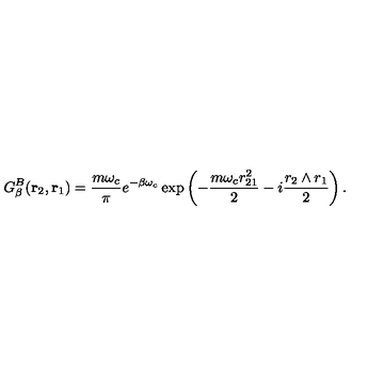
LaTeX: G _ { \beta } ^ { B } ( \mathrm { \bf r } _ { 2 } , \mathrm { \bf r } _ { 1 } ) = { \frac { m \omega _ { c } } { \pi } } e ^ { - \beta \omega _ { c } } \exp \left( - { \frac { m \omega _ { c } r _ { 2 1 } ^ { 2 } } { 2 } } - i { \frac { r _ { 2 } \wedge r _ { 1 } } { 2 } } \right) .